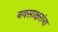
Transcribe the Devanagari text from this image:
नवसाक्षरांना